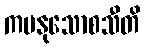
ကမနုသောစသီတိ